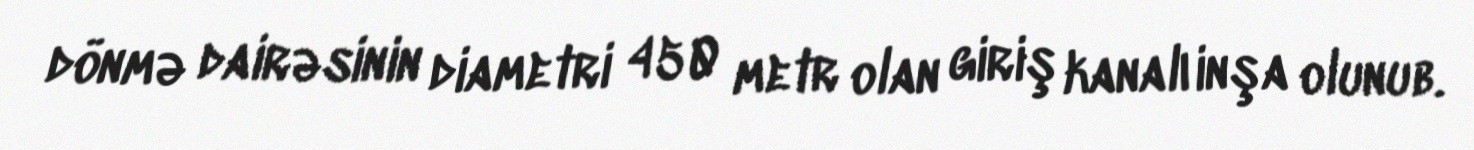
dönmə dairəsinin diametri 450 metr olan giriş kanalı inşa olunub.